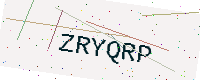
Text: ZRYQRP